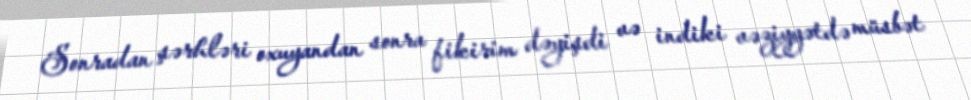
Sonradan şərhləri oxuyandan sonra fikirim dəyişdi və indiki vəziyyətdə müsbət